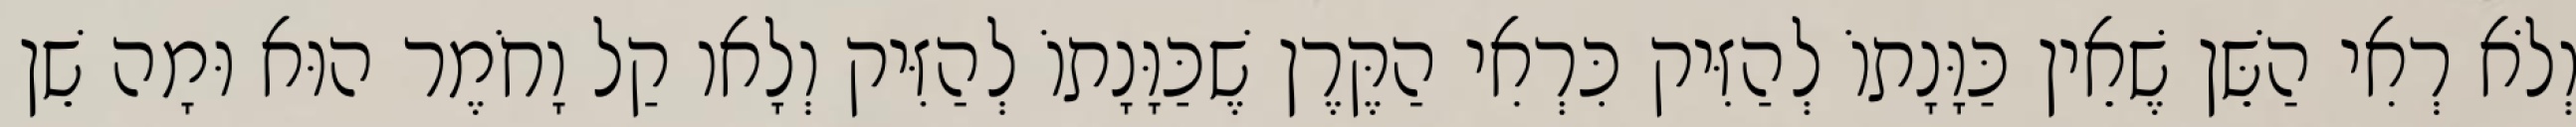
וְלֹא רְאִי הַשֵּׁן שֶׁאֵין כַּוָּנָתוֹ לְהַזִּיק כִּרְאִי הַקֶּרֶן שֶׁכַּוָּנָתוֹ לְהַזִּיק וְלָאו קַל וָחֹמֶר הוּא וּמָה שֵׁן